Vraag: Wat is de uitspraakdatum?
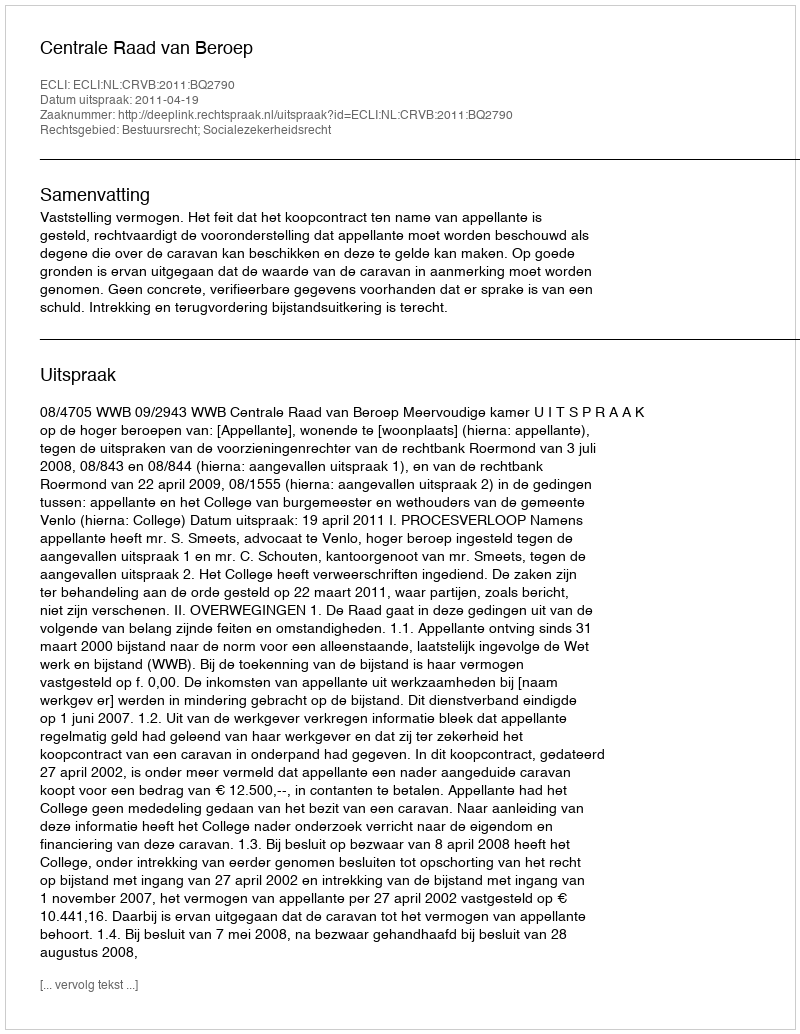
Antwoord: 2011-04-19